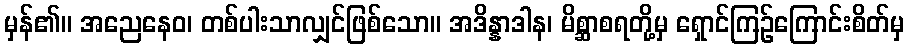
မှန်၏။ အညေနေဝ၊ တစ်ပါးသာလျှင်ဖြစ်သော။ အဒိန္နာဒါန၊ မိစ္ဆာစရတို့မှ ရှောင်ကြဉ်ကြောင်းစိတ်မှ